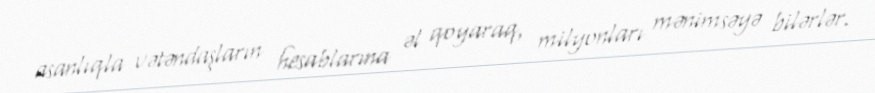
asanlıqla vətəndaşların hesablarına əl qoyaraq, milyonları mənimsəyə bilərlər.